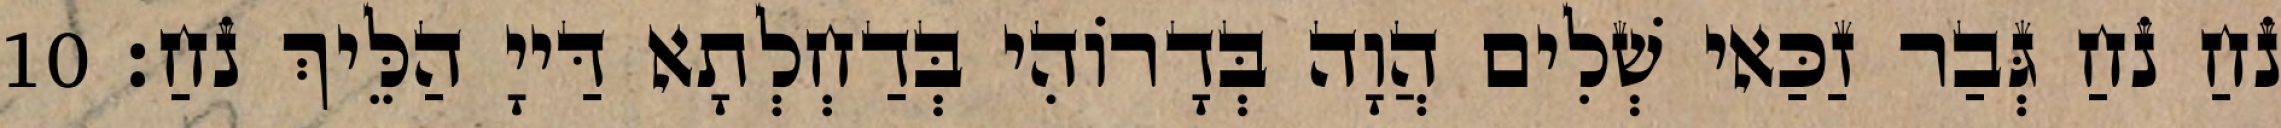
נֹחַ נֹחַ גְּבַר זַכַּאי שְׁלִים הֲוָה בְּדָרוֹהִי בְּדַחְלְתָא דַּייָ הַלֵּיךְ נֹחַ׃ 10